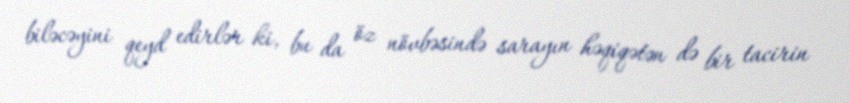
biləcəyini qeyd edirlər ki, bu da öz növbəsində sarayın həqiqətən də bir tacirin